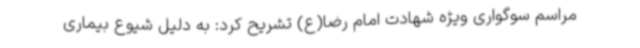
مراسم سوگواری ویژه شهادت امام رضا(ع) تشریح کرد: به دلیل شیوع بیماری